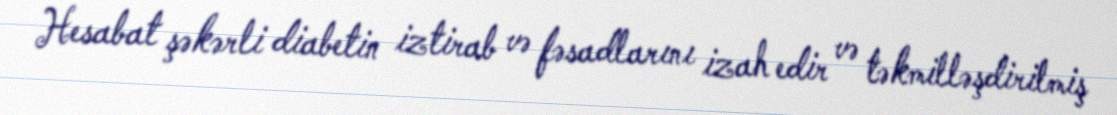
Hesabat şəkərli diabetin iztirab və fəsadlarını izah edir və təkmilləşdirilmiş